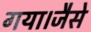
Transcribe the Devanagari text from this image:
गया।जैसे